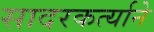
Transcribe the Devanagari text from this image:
सादरकर्त्याने